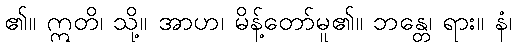
၏။ ဣတိ၊ သို့။ အာဟ၊ မိန့်တော်မူ၏။ ဘန္တေ၊ ရား။ နံ၊